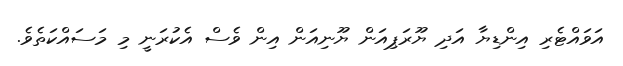
އަވައްޓެރި އިންޑިޔާ އަދި ޔޫރަޕިއަން ޔޫނިއަން އިން ވެސް އެކުރަނީ މި މަސައްކަތެވެ.